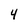
Character: 4